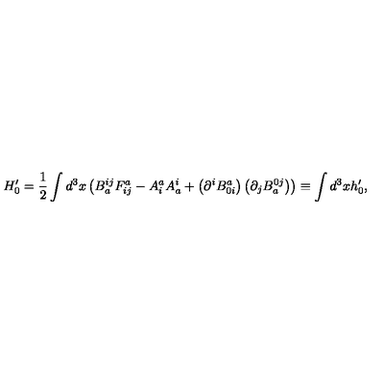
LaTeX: H _ { 0 } ^ { \prime } = \frac { 1 } { 2 } \int d ^ { 3 } x \left( B _ { a } ^ { i j } F _ { i j } ^ { a } - A _ { i } ^ { a } A _ { a } ^ { i } + \left( \partial ^ { i } B _ { 0 i } ^ { a } \right) \left( \partial _ { j } B _ { a } ^ { 0 j } \right) \right) \equiv \int d ^ { 3 } x h _ { 0 } ^ { \prime } ,